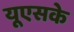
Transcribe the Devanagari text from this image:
यूएसके